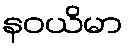
နဝယိမာ